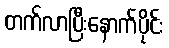
တက်လာပြီးနောက်ပိုင်း